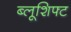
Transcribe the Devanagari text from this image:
ब्लूशिफ्ट